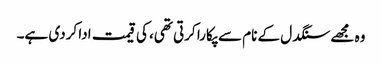
وہ مجھے سنگدل کے نام سے پکارا کرتی تھی، کی قیمت ادا کردی ہے۔